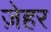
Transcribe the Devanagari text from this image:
ज़ेहर